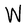
Character: W